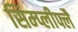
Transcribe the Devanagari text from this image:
सिम्प्लीफ्लै